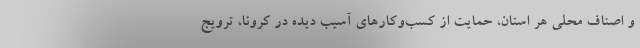
و اصناف محلی هر استان، حمایت از کسب‌وکارهای آسیب دیده در کرونا، ترویج